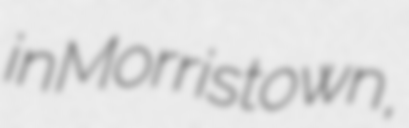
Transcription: in Morristown,